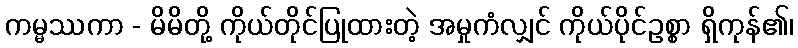
ကမ္မဿကာ - မိမိတို့ ကိုယ်တိုင်ပြုထားတဲ့ အမှုကံလျှင် ကိုယ်ပိုင်ဥစ္စာ ရှိကုန်၏၊